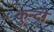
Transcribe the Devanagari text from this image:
कुन्दी